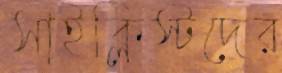
সাইক্লিস্টদের